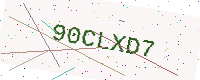
Text: 90CLXD7